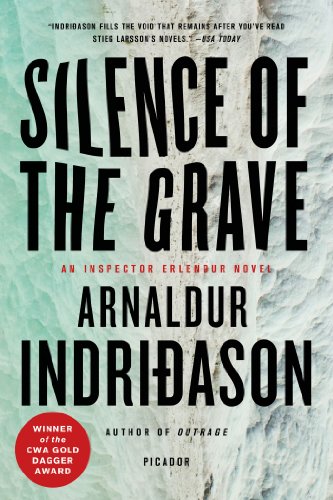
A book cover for Silence of the Grave (Reykjavik Murder Mysteries, No. 2); Arnaldur Indridason; Mystery, Thriller & Suspense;